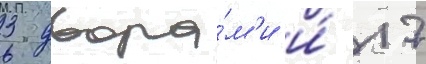
3 двора́м'и и́ 17